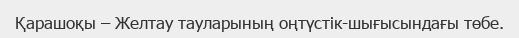
Қарашоқы – Желтау тауларының оңтүстік-шығысындағы төбе.